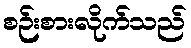
စဉ်းစားလိုက်သည်